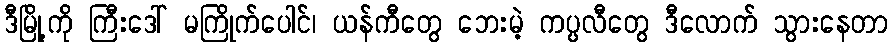
ဒီမြို့ကို ကြီးဒေါ် မကြိုက်ပေါင်၊ ယန်ကီတွေ ဘေးမဲ့ ကပ္ပလီတွေ ဒီလောက် သွားနေတာ